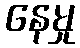
နေမှု